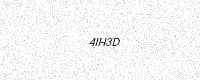
Text: 4IH3D